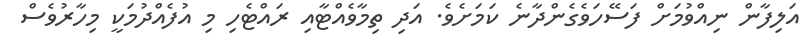
އަލިފާން ނިއްވުމަށް ފަސޭހަވެގެންދާނެ ކަމަށެވެ. އަދި ތިމާވެއްޓާއި ރައްޓެހި މި އުފެއްދުމަކީ މިހާރުވެސް